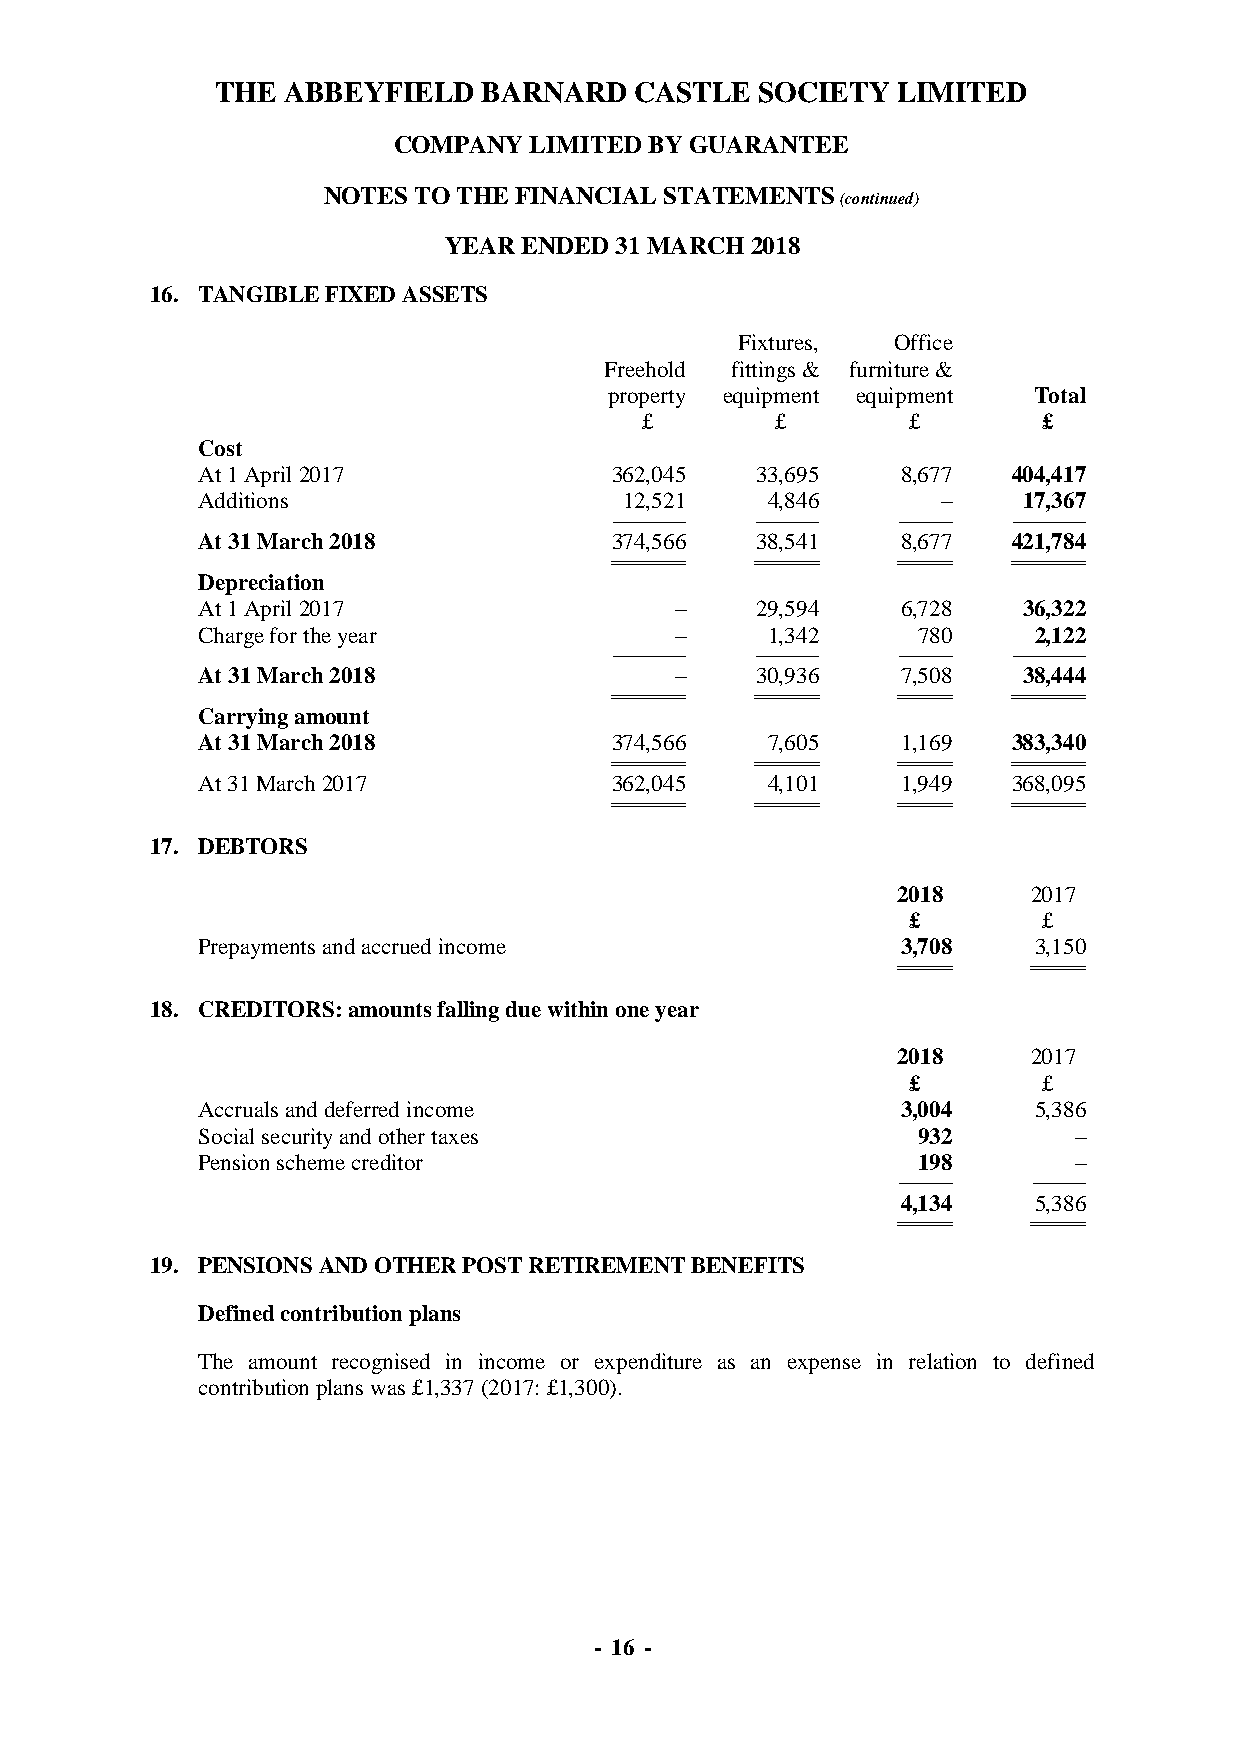
THE  ABBEYFIELD   BARNARD   CASTLE  SOCIETY  LIMITED
 COMPANY  LIMITED BY GUARANTEE
 NOTES TO THE FINANCIAL STATEMENTS
 (continued)
 YEAR  ENDED 31 MARCH 2018
 16. TANGIBLE FIXED ASSETS
 Fixtures, Office
 Freehold fittings & furniture &
 property equipment equipment Total
 £        £        £        £
 Cost
 At 1 April 2017            362,045   33,695    8,677  404,417
 Additions                   12,521    4,846      –     17,367
 ------------------------------------ ------------------------------- -------------------------- ------------------------------------
 At 31 March 2018           374,566   38,541    8,677  421,784
 ==================================== =============================== ========================== ====================================
 Depreciation
 At 1 April 2017                 –    29,594    6,728   36,322
 Charge for the year             –     1,342     780    2,122
 ------------------------------------ ------------------------------- -------------------------- ------------------------------------
 At 31 March 2018                –    30,936    7,508   38,444
 ==================================== =============================== ========================== ====================================
 Carrying amount
 At 31 March 2018           374,566    7,605    1,169  383,340
 ==================================== =============================== ========================== ====================================
 At 31 March 2017           362,045    4,101    1,949  368,095
 ==================================== =============================== ========================== ====================================
 17. DEBTORS
 2018     2017
 £        £
 Prepayments and accrued income                 3,708   3,150
 ========================== ==========================
 18. CREDITORS: amounts falling due within one year
 2018     2017
 £        £
 Accruals and deferred income                   3,004   5,386
 Social security and other taxes                 932       –
 Pension scheme creditor                         198       –
 -------------------------- --------------------------
 4,134   5,386
 ========================== ==========================
 19. PENSIONS AND OTHER POST RETIREMENT BENEFITS
 Defined contribution plans
 The amount recognised in income or expenditure as an expense in relation to defined
 contribution plans was £1,337 (2017: £1,300).
 - 16 -